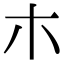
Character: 朩